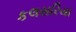
કલસરિયા